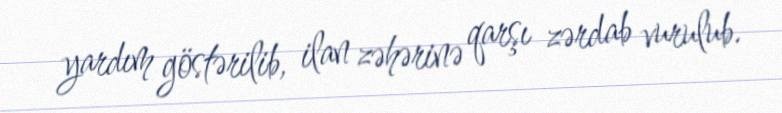
yardım göstərilib, ilan zəhərinə qarşı zərdab vurulub.